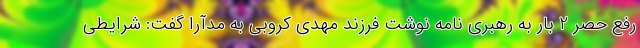
رفع حصر 2 بار به رهبری نامه نوشت فرزند مهدی کروبی به مدآرا گفت: شرایطی